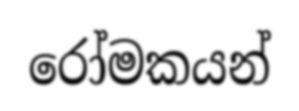
රෝමකයන්